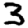
Digit: 3